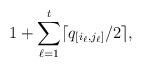
LaTeX: \begin{align*}1 + \sum_{\ell=1}^t \lceil q_{[i_{\ell},j_{\ell}]} / 2 \rceil \text,\end{align*}